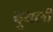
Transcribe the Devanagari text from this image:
दूधली